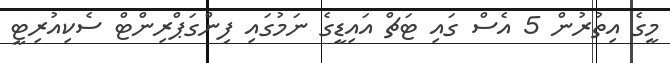
މީގެ އިތުރުން 5 އެސް ގައި ޓަޗް އައިޑީގެ ނަމުގައި ފިންގަޕްރިންޓް ސެކިއުރިޓީ